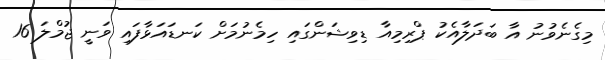
މިގެނެވުނު އާ ބަދަލާއެކު ޕްރިމިއާ ޑިވިޝަންގައި ހިމެނުމަށް ކަނޑައަޅާފައި ވަނީ ޖުމްލަ 16